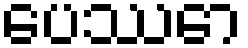
ပေဿော